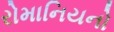
રોમાનિયનો